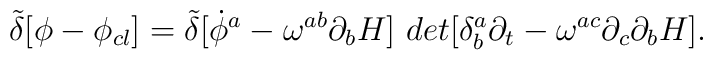
{\tilde\delta}[\phi -\phi _{cl}]={\tilde\delta}[{\dot\phi^{a}-\omega^{ab}\partial_{b}H]~det [\delta^{a}_{b}\partial_{t}-\omega^{ac}\partial_{c}\partial_{b}H}].